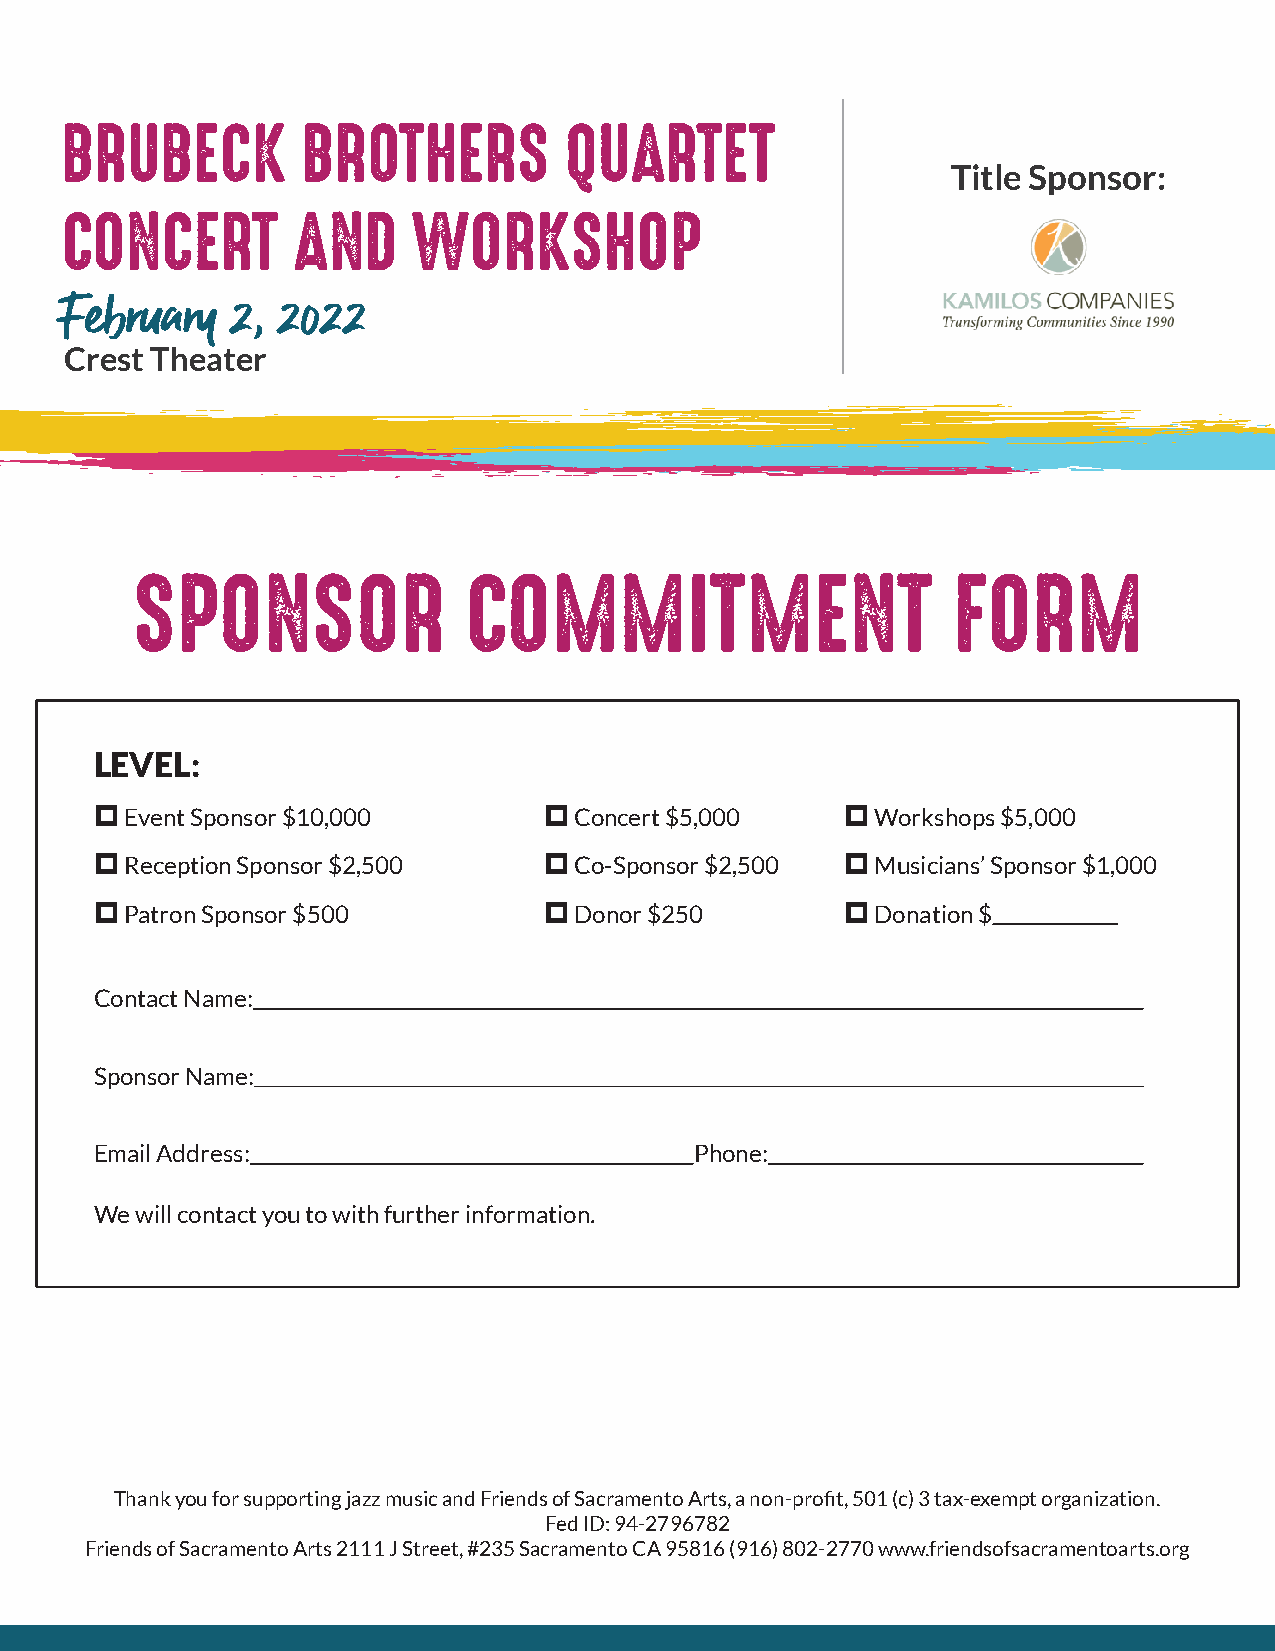
Title Sponsor:
 February   2, 2022
 Crest Theater
 LEVEL:
 pEvent Sponsor $10,000        pConcert $5,000     pWorkshops $5,000
 pReception Sponsor $2,500     pCo-Sponsor $2,500  pMusicians’ Sponsor $1,000
 pPatron Sponsor $500          pDonor $250         pDonation $
 Contact Name:
 Sponsor Name:
 Email Address:                          Phone:
 We will contact you to with further information.
 Thank you for supporting jazz music and Friends of Sacramento Arts, a non-profit, 501 (c) 3 tax-exempt organization.
 Fed ID: 94-2796782
 Friends of Sacramento Arts 2111 J Street, #235 Sacramento CA 95816 (916) 802-2770 www.friendsofsacramentoarts.org